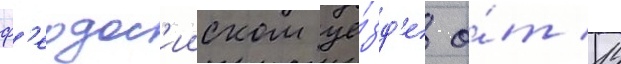
ф'еодос'ииском уе́зд'е о́т 14